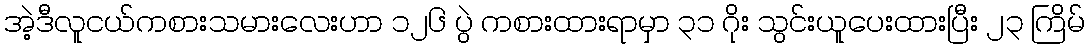
အဲ့ဒီလူငယ်ကစားသမားလေးဟာ ၁၂၆ ပွဲ ကစားထားရာမှာ ၃၁ ဂိုး သွင်းယူပေးထားပြီး ၂၃ ကြိမ်